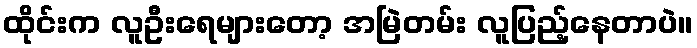
ထိုင်းက လူဦးရေများတော့ အမြဲတမ်း လူပြည့်နေတာပဲ။